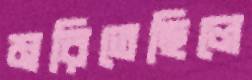
মরিতেছিলে